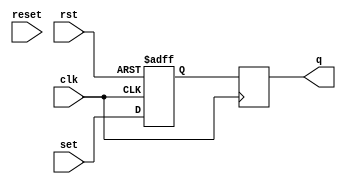
module sr_flip_flop (
    input wire rst,     // asynchronous reset
    input wire clk,     // clock input
    input wire set,     // set input
    input wire reset,   // reset input
    output reg q        // output
);

reg master_latch, slave_latch;

// Master latch
always @(posedge clk or negedge rst)
begin
    if(rst == 0)
        master_latch <= 1'b0;
    else
        master_latch <= set;
end

// Slave latch
always @(negedge clk)
begin
    slave_latch <= master_latch;
end

// Output
assign q = slave_latch;

endmodule